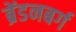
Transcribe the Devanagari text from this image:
ब्रेंडनबर्ग